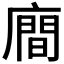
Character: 𪪢